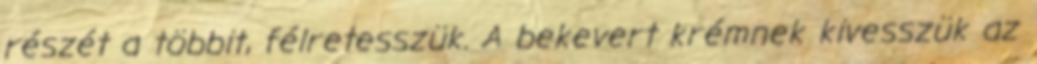
részét a többit, félretesszük. A bekevert krémnek kivesszük az